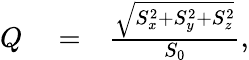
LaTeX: \begin{array}{rlr}{Q}&{{}=}&{\frac{\sqrt{S_{x}^{2}+S_{y}^{2}+S_{z}^{2}}}{S_{0}},}\end{array}